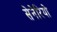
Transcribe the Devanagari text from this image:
सेनेरियो